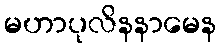
မဟာပုလိနနာမေန